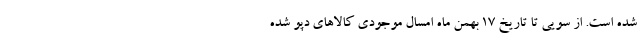
شده است. از سویی تا تاریخ ۱۷ بهمن ماه امسال موجودی کالاهای دپو شده